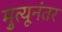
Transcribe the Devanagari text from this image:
मृुत्यूनंतर